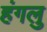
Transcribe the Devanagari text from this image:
हंगलु